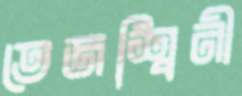
তেজশ্বিনী